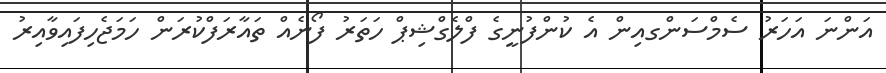
އަންނަ އަހަރު ސެމްސަންގއިން އެ ކުންފުނީގެ ފްލެގްޝިޕް ހަތަރު ފޯނެއް ތައާރަފްކުރަން ހަމަޖެހިފައިވާއިރު